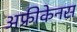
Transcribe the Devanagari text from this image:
अफ्रीकेनस